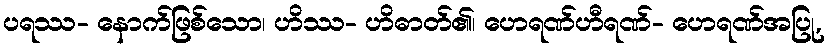
ပရဿ- နောက်ဖြစ်သော၊ ဟိဿ- ဟိဓာတ်၏၊ ဟေရဏ်ဟီရဏ်- ဟေရဏ်အပြု,